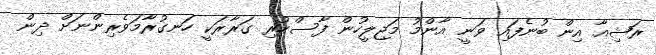
ރަޝިއާ އިން ބުނެފައި ވަނީ އާންމު މަޖިލީހުން ފާސްކުރި ގަރާރަކީ ހަނގުރާމަވެރިންނަށް ދިން